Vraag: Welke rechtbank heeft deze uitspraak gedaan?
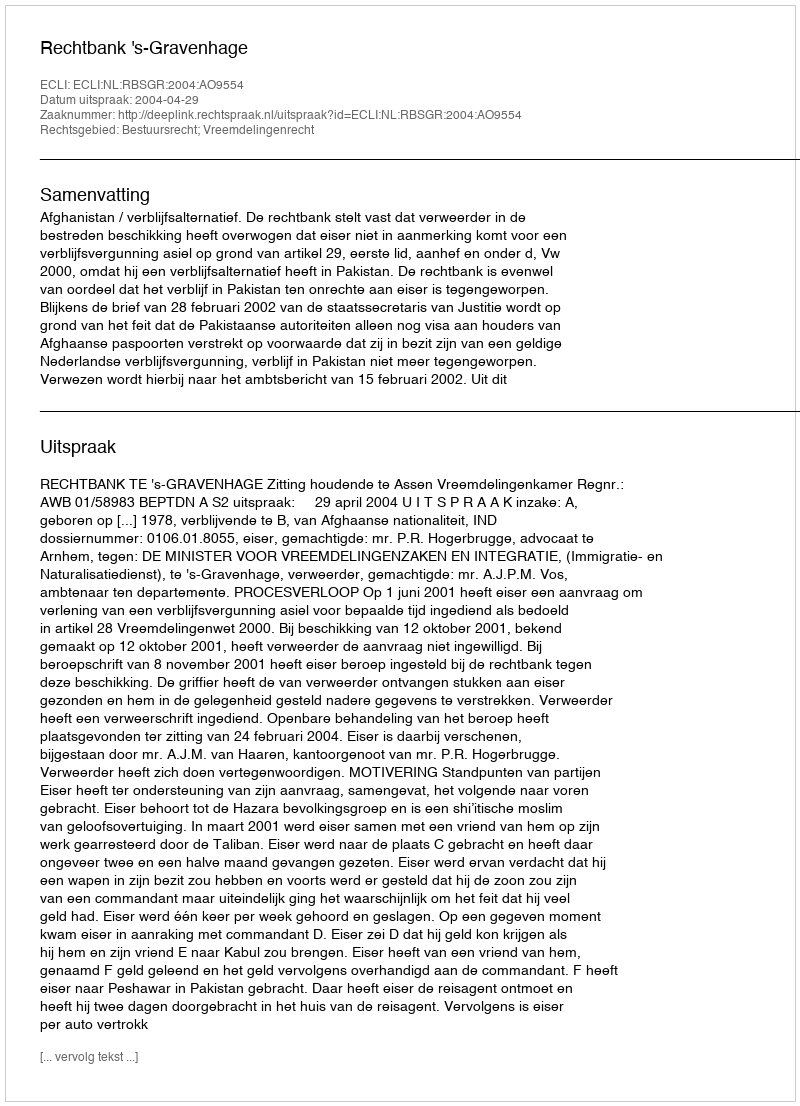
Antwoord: Rechtbank 's-Gravenhage